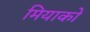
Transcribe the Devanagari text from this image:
मियाको